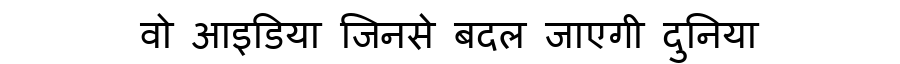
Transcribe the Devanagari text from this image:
वो आइडिया जिनसे बदल जाएगी दुनिया